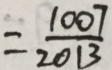
= \frac { 1 0 0 7 } { 2 0 1 3 }